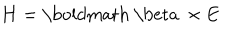
LaTeX: { \bf H } = \mathrm { \boldmath ~ \ b e t a ~ } \times { \bf E }